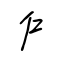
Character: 戶